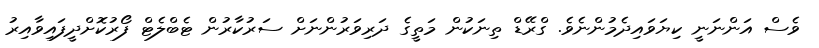
ވެސް އަންނަނީ ކިޔަވައިދެމުންނެވެ. ގްރޭޑް ތިނަކުން މަތީގެ ދަރިވަރުންނަށް ސަރުކާރުން ޓެބްލެޓް ފޯރުކޮށްދީފައިވާއިރު